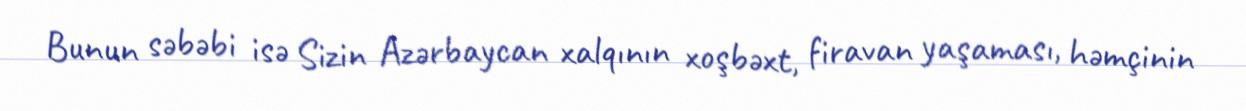
Bunun səbəbi isə Sizin Azərbaycan xalqının xoşbəxt, firavan yaşaması, həmçinin